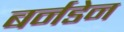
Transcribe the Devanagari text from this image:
बर्नडेन